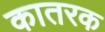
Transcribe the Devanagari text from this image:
कातरक